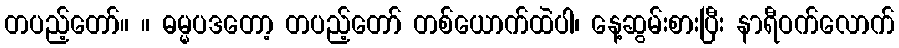
တပည့်တော်။ ။ ဓမ္မပဒတော့ တပည့်တော် တစ်ယောက်ထဲပါ၊ နေ့ဆွမ်းစားပြီး နာရီဝက်လောက်